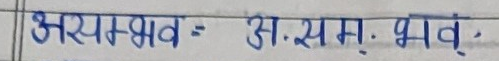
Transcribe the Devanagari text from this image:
असम्भव = अ.स.म्. भवः